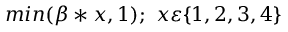
m i n ( \beta * x , 1 ) ; \ x \varepsilon \{ 1 , 2 , 3 , 4 \}